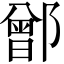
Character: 鄫